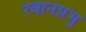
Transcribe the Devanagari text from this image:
रवानप्रभु